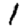
Digit: 1